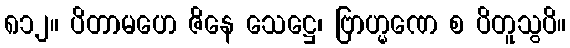
၈၁၂။ ပိတာမဟေ ဇိနေ သေဋ္ဌေ၊ ဗြာဟ္မဏေ စ ပိတူသွပိ။